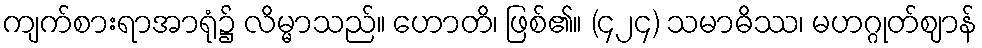
ကျက်စားရာအာရုံ၌ လိမ္မာသည်။ ဟောတိ၊ ဖြစ်၏။ (၄၂၄) သမာဓိဿ၊ မဟဂ္ဂုတ်ဈာန်